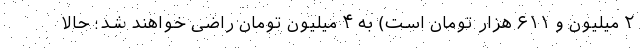
۲ میلیون و ۶۱۱ هزار تومان است) به ۴ میلیون تومان راضی خواهند شد؛ حالا